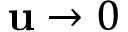
\mathbf { u } \to 0